Indian journal of veterinary science and animal husbandry - Volume 10,
Year: 1940
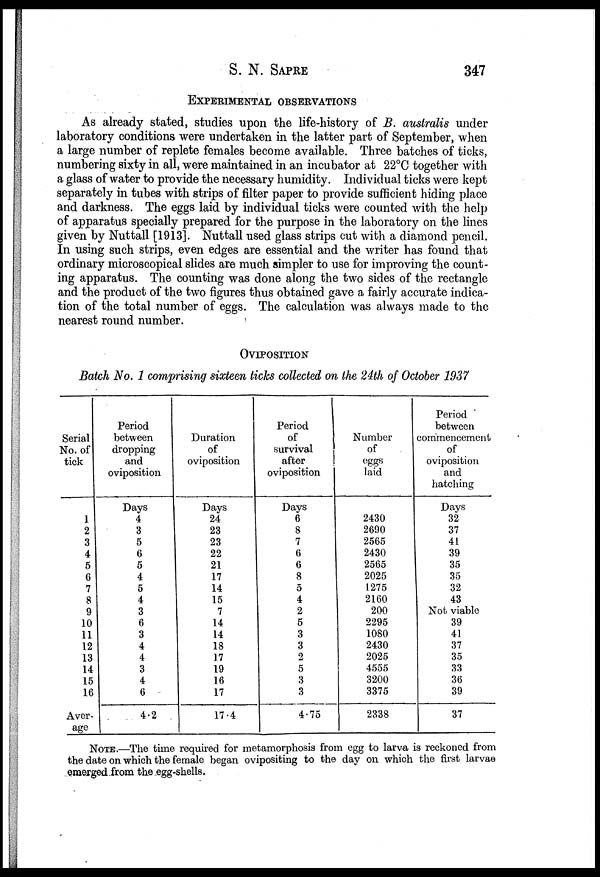
S. N.
SAPRE
347
EXPERIMENTAL OBSERVATIONS
As already stated, studies upon the life-history of B. australis under
laboratory conditions were undertaken in the latter part of September, when
a large number of replete females become available. Three batches of ticks,
numbering sixty in all, were maintained in an incubator at 22°C together with
a glass of water to provide the necessary humidity. Individual ticks were kept
separately in tubes with strips of filter paper to provide sufficient hiding place
and darkness. The eggs laid by individual ticks were counted with the help
of apparatus specially prepared for the purpose in the laboratory on the lines
given by Nuttall [1913]. Nuttall used glass strips cut with a diamond pencil.
In using such strips, even edges are essential and the writer has found that
ordinary microscopical slides are much simpler to use for improving the count-
ing apparatus. The counting was done along the two sides of the rectangle
and the product of the two figures thus obtained gave a fairly accurate indica-
tion of the total number of eggs. The calculation was always made to the
nearest round number.
OVIPOSITION
Batch No. 1 comprising sixteen ticks collected on the 24th of October 1937
Serial
No. of
tick
1
2
3
4
5
6
7
8
9
10
11
12
13
14
15
16
Aver-
age
Period
between
dropping
and
oviposition
Days
4
3
5
6
5
4
5
4
3
6
3
4
4
3
4
6
4.2
Duration
of
oviposition
Days
24
23
23
22
21
17
14 15
7
14
14
18
17
19
16
17
17.4
Period
of
survival
after
oviposition
Days
6
8
7
6
6
8
5
4
2
5
3
3
2
5
3
3
4.75
Number
of
eggs
laid
2430
2690
2565
2430
2565
2025
1275
2160
200
2295
1080
2430
2025
4555
3200
3375
2338
Period
between
commencement
of
oviposition
and
hatching
Days
32
37
41
39
35
35
32
43
Not viable
39
41
37
35
33
36
39
37
NOTE.—The time required for metamorphosis from egg to larva is reckoned from
the date on which the female began ovipositing to the day on which the first larvae
emerged from the egg-shells.